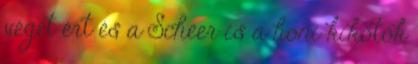
véget ért és a Scheer is a honi kikötők